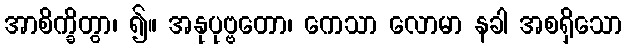
အာစိက္ခိတွာ၊ ၍။ အနုပုဗ္ဗတော၊ ကေသာ လောမာ နခါ အစရှိသော